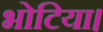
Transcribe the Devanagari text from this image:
भोटिया।